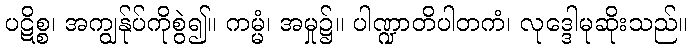
ပဋိစ္စ၊ အကျွန်ုပ်ကိုစွဲ၍။ ကမ္မံ၊ အမှု၌။ ပါဏ္ဍာတိပါတကံ၊ လုဒ္ဒေါမုဆိုးသည်။